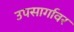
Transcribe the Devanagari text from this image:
उपसार्गावर